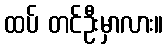
ထပ် တင်ဦးမှာလား။